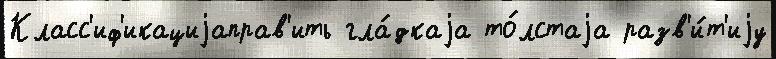
Класс'иф'икациjаправ'ить гла́дкаjа то́лстаjа разв'и́т'иjу